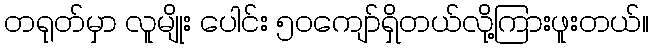
တရုတ်မှာ လူမျိုး ပေါင်း ၅၀ကျော်ရှိတယ်လို့ကြားဖူးတယ်။